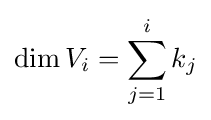
\dim V_{i}=\sum _{j=1}^{i}k_{j}